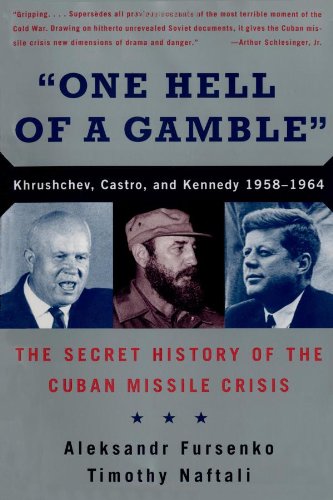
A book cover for One Hell of a Gamble: Khrushchev, Castro, and Kennedy, 1958-1964: The Secret History of the Cuban Missile Crisis; Aleksandr Fursenko; History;